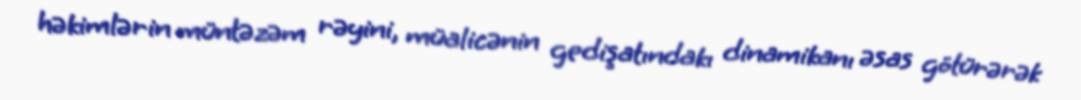
həkimlərin müntəzəm rəyini, müalicənin gedişatındakı dinamikanı əsas götürərək